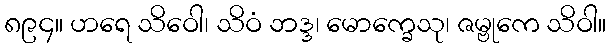
၈၉၄။ ဟရေ သိဝေါ၊ သိဝံ ဘဒ္ဒ၊ မောက္ခေသု၊ ဇမ္ဗုကေ သိဝါ။